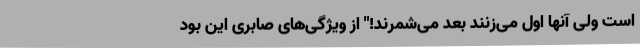
است ولی آنها اول می‌زنند بعد می‌شمرند!" از ویژگی‌های صابری این بود